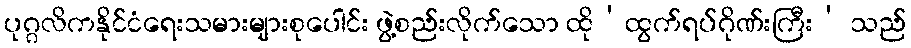
ပုဂ္ဂလိကနိုင်ငံရေးသမားများစုပေါင်း ဖွဲ့စည်းလိုက်သော ထို‘ထွက်ရပ်ဂိုဏ်းကြီး’ သည်